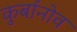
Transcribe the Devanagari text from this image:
कुर्बानोव